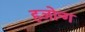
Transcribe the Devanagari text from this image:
हजोन्ग